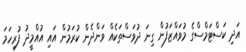
އަދި ކަސްޓަމްސްގެ މުވައްޒަފުން ގިނަ ދުވަސްތަކެއް ވަންދެން ކުރަމުން އައި އުއްމީދު ފުރިހަަމަ